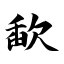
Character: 歃